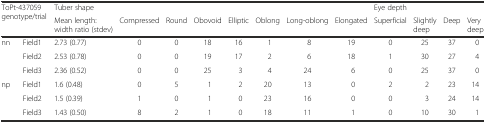
| <ROWSPAN=2-COLSPAN=2> ToPt-437059 genotype/trial | <COLSPAN=8> Tuber shape | <COLSPAN=4> Eye depth |
 | Mean length:width ratio (stdev) | Compressed | Round | Obovoid | Elliptic | Oblong | Long-oblong | Elongated | Superficial | Slightly deep | Deep | Very deep |
 | --- | --- | --- | --- | --- | --- | --- | --- | --- | --- | --- | --- | --- | --- |
 | <ROWSPAN=3> nn | Field1 | 2.73 (0.77) | 0 | 0 | 18 | 16 | 1 | 8 | 19 | 0 | 25 | 37 | 0 |
 | Field2 | 2.53 (0.78) | 0 | 0 | 19 | 17 | 2 | 6 | 18 | 1 | 30 | 27 | 4 |
 | Field3 | 2.36 (0.52) | 0 | 0 | 25 | 3 | 4 | 24 | 6 | 0 | 25 | 37 | 0 |
 | <ROWSPAN=3> np | Field1 | 1.6 (0.48) | 0 | 5 | 1 | 2 | 20 | 13 | 0 | 2 | 2 | 23 | 14 |
 | Field2 | 1.5 (0.39) | 1 | 0 | 1 | 0 | 23 | 16 | 0 | 0 | 3 | 24 | 14 |
 | Field3 | 1.43 (0.50) | 8 | 2 | 1 | 0 | 18 | 11 | 1 | 0 | 10 | 30 | 1 |